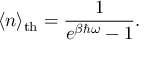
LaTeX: \langle n \rangle _ { \mathrm { t h } } = { \frac { 1 } { e ^ { \beta \hbar \omega } - 1 } } .